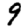
Digit: 9